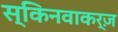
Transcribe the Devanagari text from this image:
स्किनवाकर्ज़